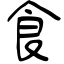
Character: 食